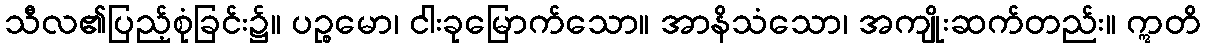
သီလ၏ပြည့်စုံခြင်း၌။ ပဉ္စမော၊ ငါးခုမြောက်သော။ အာနိသံသော၊ အကျိုးဆက်တည်း။ ဣတိ